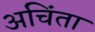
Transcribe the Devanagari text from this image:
अचिंता